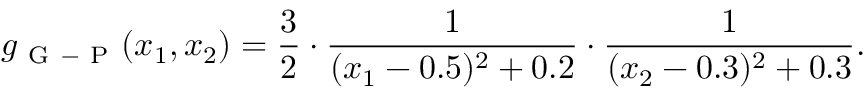
g _ { \mathrm { ~ G ~ - ~ P ~ } } ( x _ { 1 } , x _ { 2 } ) = \frac { 3 } { 2 } \cdot \frac { 1 } { ( x _ { 1 } - 0 . 5 ) ^ { 2 } + 0 . 2 } \cdot \frac { 1 } { ( x _ { 2 } - 0 . 3 ) ^ { 2 } + 0 . 3 } .